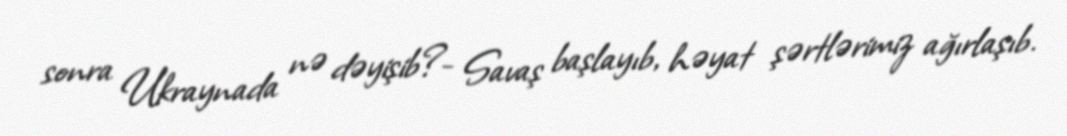
sonra Ukraynada nə dəyişib?- Savaş başlayıb, həyat şərtlərimiz ağırlaşıb.